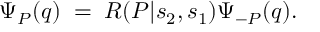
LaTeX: \Psi _ { P } ( q ) \; = \; R ( P | s _ { 2 } , s _ { 1 } ) \Psi _ { - P } ( q ) .